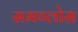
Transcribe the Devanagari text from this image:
समग्लोस